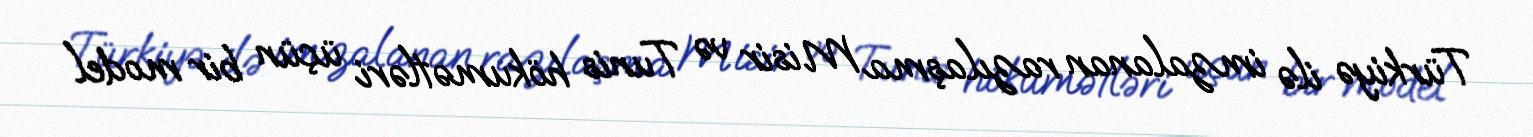
Türkiyə ilə imzalanan razılaşma Misir və Tunis hökumətləri üçün bir model